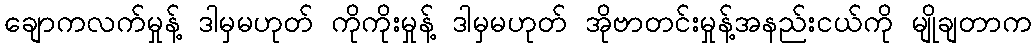
ချောကလက်မှုန့် ဒါမှမဟုတ် ကိုကိုးမှုန့် ဒါမှမဟုတ် အိုဗာတင်းမှုန့်အနည်းငယ်ကို မျိုချတာက